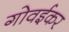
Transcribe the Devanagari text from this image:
गोवईकर